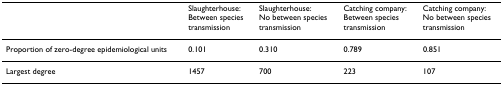
<table><thead><tr><td></td><td><b>Slaughterhouse: Between species transmission</b></td><td><b>Slaughterhouse: No between species transmission</b></td><td><b>Catching company: Between speciestransmission</b></td><td><b>Catching company:No between speciestransmission</b></td></tr></thead><tbody><tr><td>Proportion of zero-degree epidemiological units</td><td>0.101</td><td>0.310</td><td>0.789</td><td>0.851</td></tr><tr><td>Largest degree</td><td>1457</td><td>700</td><td>223</td><td>107</td></tr></tbody></table>